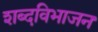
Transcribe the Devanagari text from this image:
शब्दविभाजन